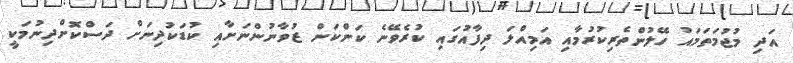
އަދި މުޖުމަތަމައު ހޭލުންތެރިކުރުމާއި އަމިއްލަ ދިފާއުގައި ކުރެވޭނެ ކަންކަން ޒުވާނުންނަށާއި ކުޑަކުދިނަށް ދަސްކޮށްދިނުމަކީ